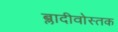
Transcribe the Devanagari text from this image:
ब्लादीवोस्तक